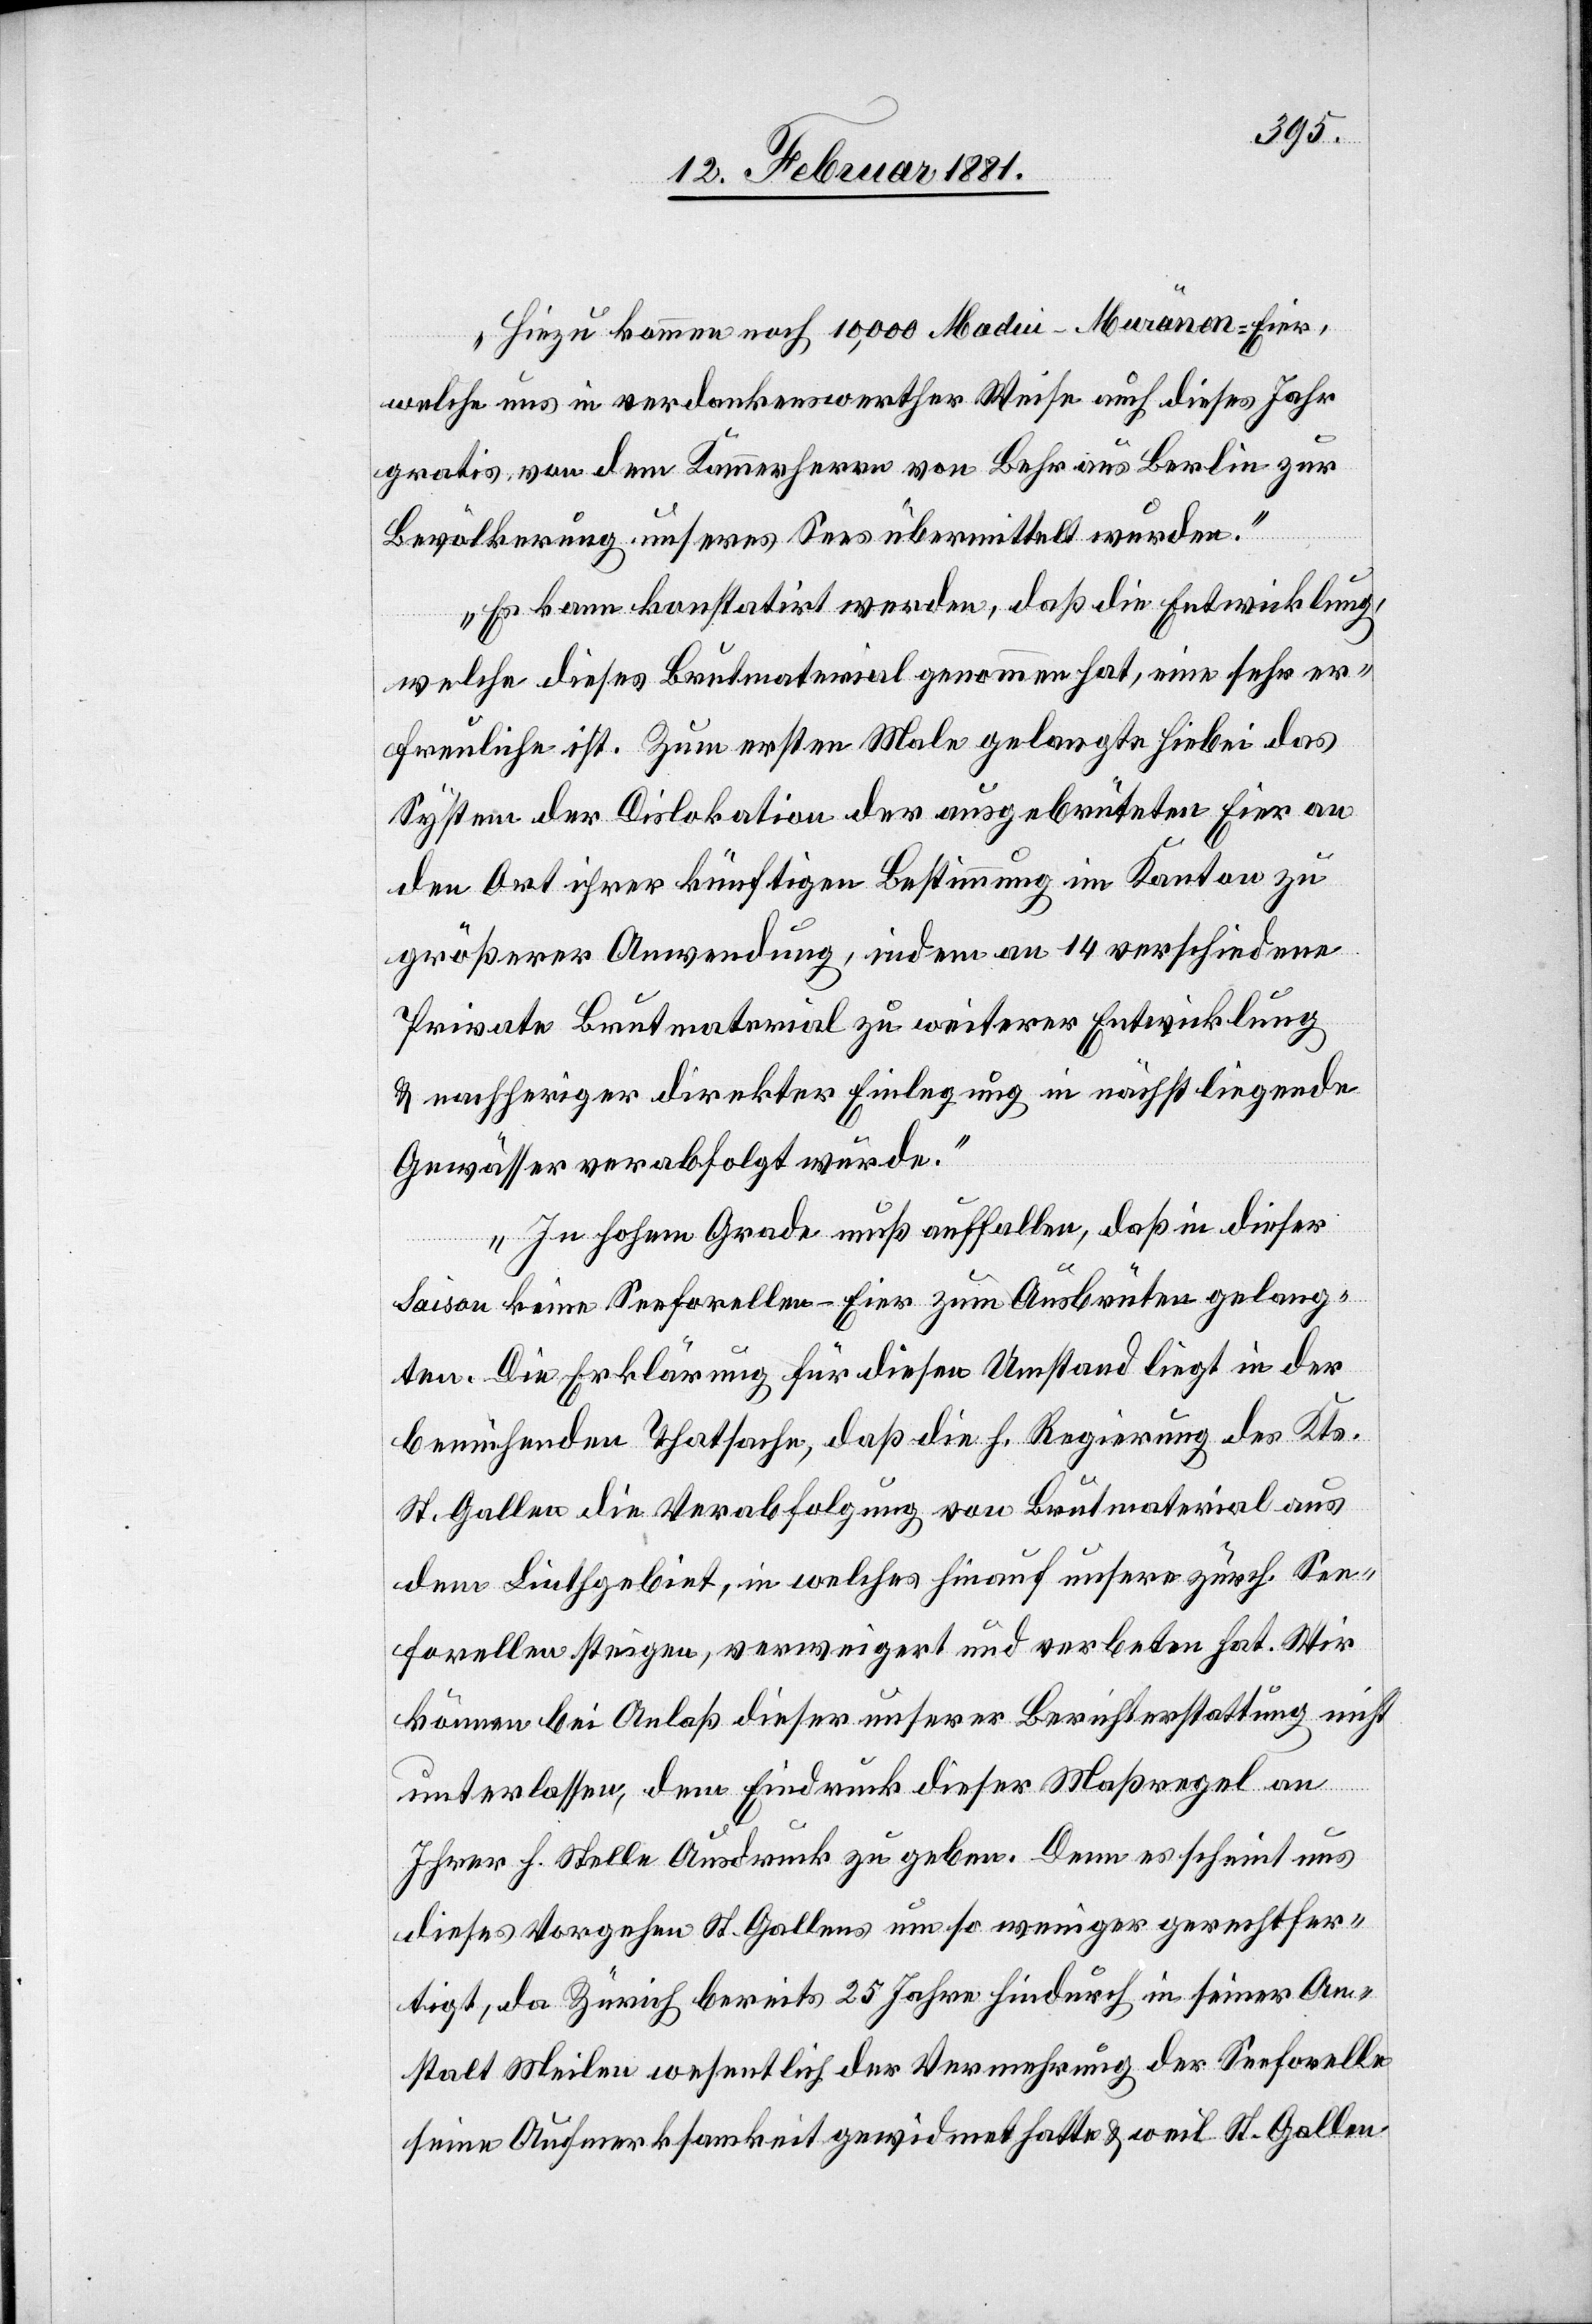
„Hinzu kommen noch 10,000 Madio-Moränen-Eier,
welche uns in verdankenswerther Weise auch diese Jahr
gratis von dem Kammerherrn von Behr aus Berlin zur
Bevölkerung unseres Sees übermittelt wurden.
Es kann konstatirt werden, daß die Entwicklung,
welche dieses Brutmaterial genommen hat, eine sehr er¬
freuliche ist. Zum ersten Male gelangte hiebei das
System der Dislokation der ausgebrüteten Eier an
den Ort ihrer künftigen Bestimmung im Kanton zu
größerer Anwendung, indem an 14 verschiedene
Private Brutmaterial zu weiterer Entwicklung
& nachheriger direkter Einlegung in nächstliegende
Gewässer verabfolgt wurde.“
„In hohem Grade muß auffallen, daß in dieser
Saison keine Seeforellen-Eier zum Ausbrüten gelang¬
ten. Die Erklärung für diesen Umstand liegt in der
bemühenden Thatsache, daß die h. Regierung des Kts.
St. Gallen die Verabfolgung von Brutmaterial aus
dem Linthgebiet, in welches hinauf unsere zürch. See¬
forellen steigen, verweigert und verbeten hat. Wir
können bei Anlaß dieser unserer Berichterstattung nicht
unterlassen, dem Eindruck dieser Maßregel an
Ihrer h. Stelle Ausdruck zu geben. Denn es scheint uns
dieses Vorgehen St. Gallens um so weniger gerechtfer¬
tigt, da Zürich bereits 25 Jahre hindurch in seiner An¬
stalt Meilen wesentlich der Vermehrung der Seeforelle
seine Aufmerksamkeit gewidmet hatte & weil St. Gallen